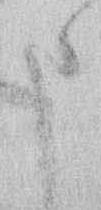
よ